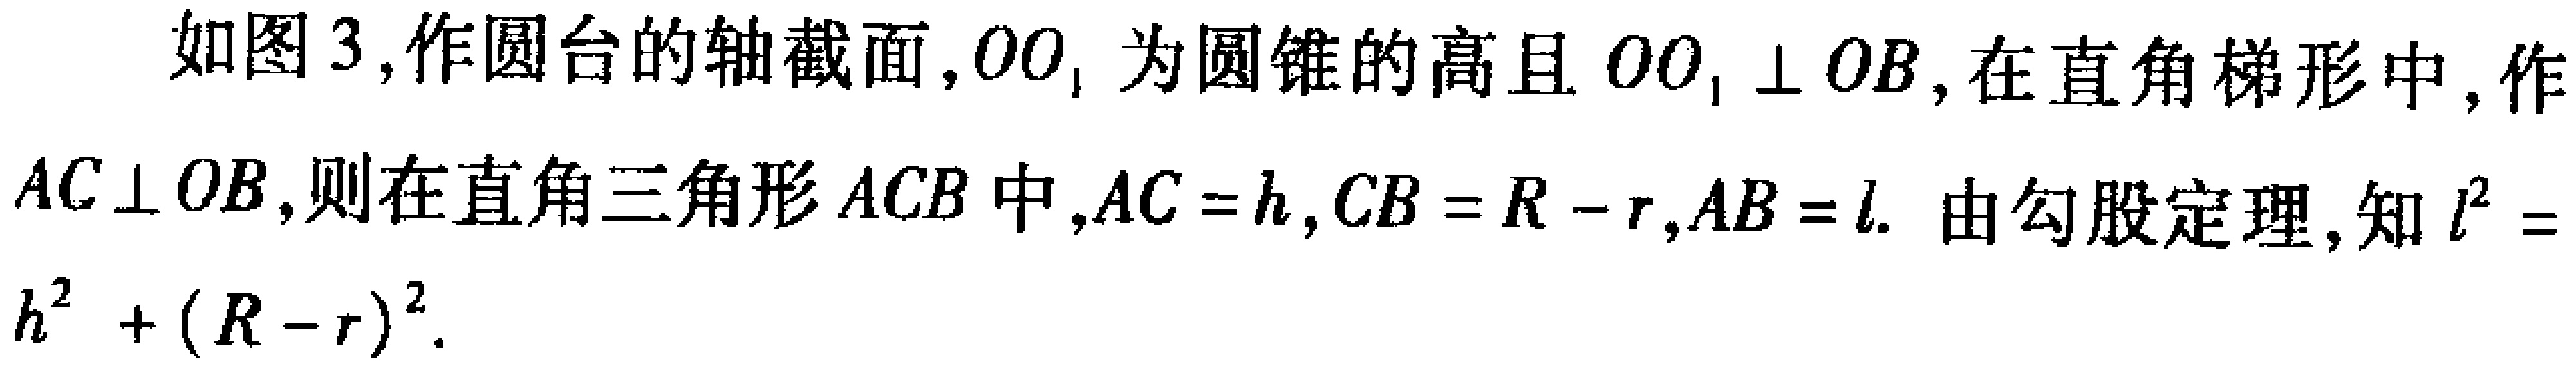
如图3,作圆台的轴截面,$OO_1$为圆锥的高且$OO_1 \perp OB$,在直角梯形中,作$AC\perp OB$,则在直角三角形$ACB$中,$AC = h$,$CB = R - r$,$AB = l$. 由勾股定理,知$l^{2} = h^{2}+(R - r)^{2}$.